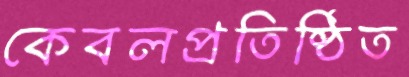
কেবলপ্রতিষ্ঠিত